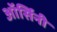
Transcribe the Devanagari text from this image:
ऑर्सिनी